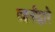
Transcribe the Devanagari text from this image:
तहनीद्वारे